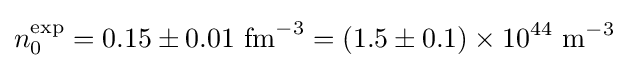
n_{0}^{\mathrm {exp} }=0.15\pm 0.01\ \mathrm {fm} ^{-3}=(1.5\pm 0.1)\times 10^{44}\ \mathrm {m} ^{-3}